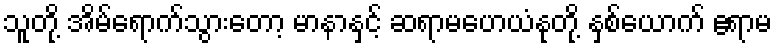
သူတို့ အိမ်ရောက်သွားတော့ မာနာနှင့် ဆရာမဟေယံနုတို့ နှစ်ယောက် ဧရာမ